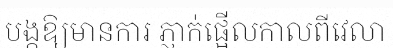
បង្កឱ្យមានការ ភ្ញាក់ផ្អើលកាលពីវេលា